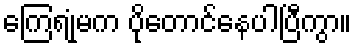
ကြေရုံမက ပိုတောင်နေပါပြီကွာ။